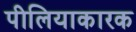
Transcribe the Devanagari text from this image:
पीलियाकारक